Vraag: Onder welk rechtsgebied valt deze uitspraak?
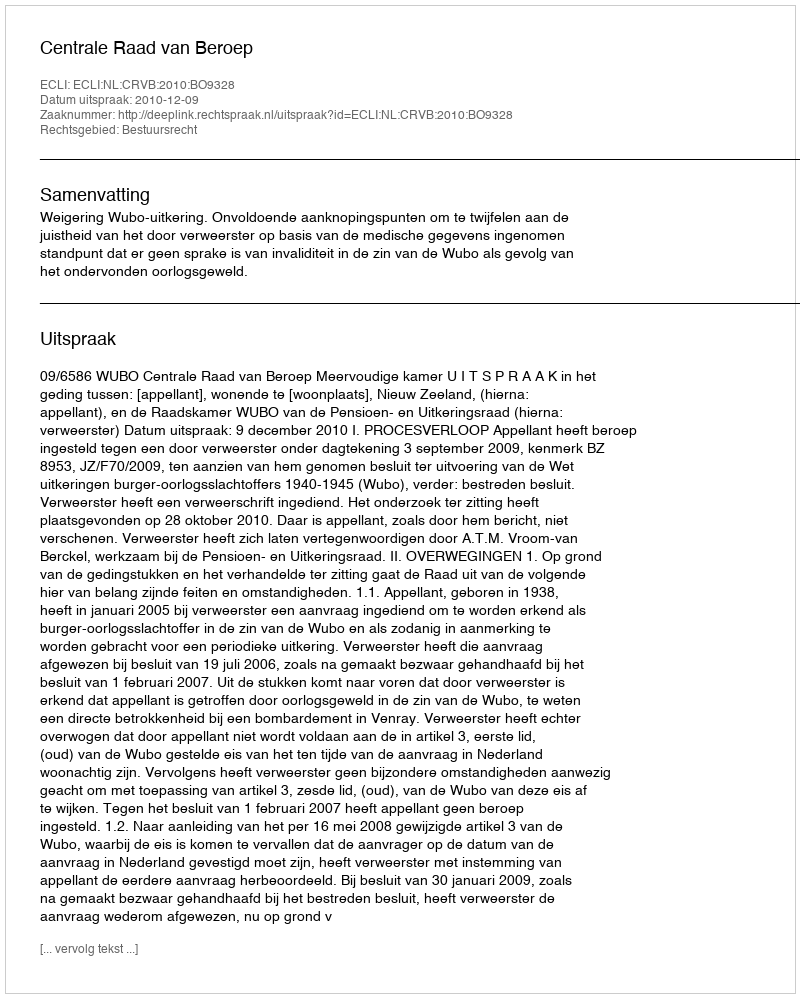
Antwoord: Bestuursrecht